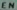
EN